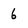
Character: 6